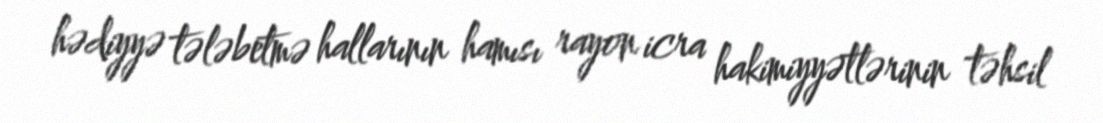
hədiyyə tələbetmə hallarının hamısı rayon icra hakimiyyətlərinin təhsil